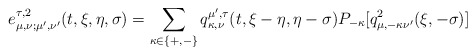
\begin{align*}e_{\mu, \nu;\mu',\nu'}^{\tau,2}(t,\xi,\eta, \sigma) = \sum_{\kappa\in\{+,-\}} q_{\kappa, \nu}^{\mu', \tau}(t,\xi-\eta, \eta-\sigma) P_{-\kappa}[q_{\mu, -\kappa\nu'}^2(\xi,-\sigma)]\end{align*}